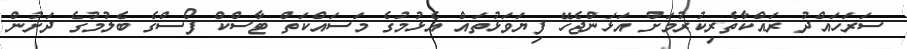
ސަރަހައްދު ރައްކާތެރިކުރުމަށް އަޅަންޖެހޭ ފިޔަވަޅުތައް އެޅުމުގެ މަސައްކަތް ޓާސްކް ފޯސްގެ ބެލުމުގެ ދަށުން